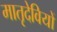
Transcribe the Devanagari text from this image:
मातृदेवियों